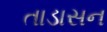
તાડાસન